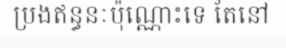
ប្រងឥន្ធនៈប៉ុណ្ណោះទេ តែនៅ